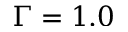
\Gamma = 1 . 0